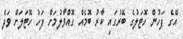
އޭގެ ފަހުން ހޮޓަލުގެ ބޭރުގައި ކާރު ބޮމެއް ގޮއްވާލުމަށް ފަހު ހޮޓަލަށް ވަދެ